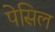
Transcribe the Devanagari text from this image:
पेसिल